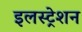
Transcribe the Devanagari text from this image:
इलस्ट्रेशन